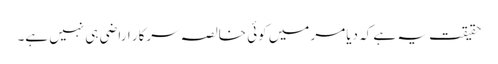
حقیقت یہ ہے کہ دیامر میں کوئی خالصہ سرکار اراضی ہی نہیں ہے۔